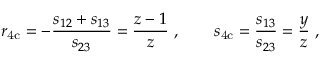
r _ { \mathrm { 4 c } } = - \frac { s _ { 1 2 } + s _ { 1 3 } } { s _ { 2 3 } } = \frac { z - 1 } { z } \ , \qquad s _ { \mathrm { 4 c } } = \frac { s _ { 1 3 } } { s _ { 2 3 } } = \frac { y } { z } \; ,